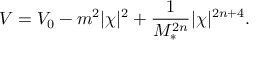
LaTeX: V = V _ { 0 } - m ^ { 2 } | \chi | ^ { 2 } + \frac { 1 } { M _ { * } ^ { 2 n } } | \chi | ^ { 2 n + 4 } .